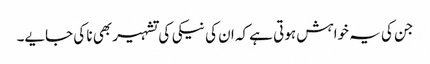
جن کی یہ خواہش ہوتی ہے کہ ان کی نیکی کی تشہیر بھی نا کی جایے۔